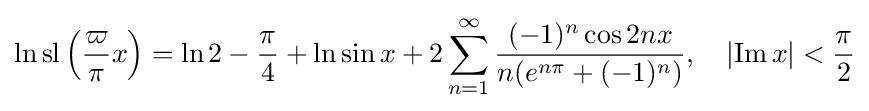
\ln \operatorname {sl} \left({\frac {\varpi }{\pi }}x\right)=\ln 2-{\frac {\pi }{4}}+\ln \sin x+2\sum _{n=1}^{\infty }{\frac {(-1)^{n}\cos 2nx}{n(e^{n\pi }+(-1)^{n})}},\quad \left|\operatorname {Im} x\right|<{\frac {\pi }{2}}